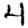
Digit: 4